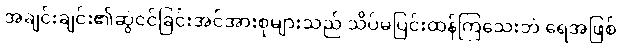
အချင်းချင်း၏ဆွဲငင်ခြင်းအင်အားစုများသည် သိပ်မပြင်းထန်ကြသေးဘဲ ရေအဖြစ်